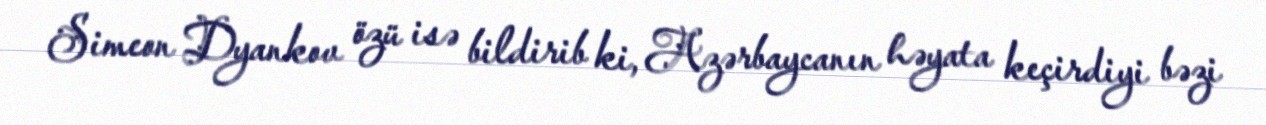
Simeon Dyankov özü isə bildirib ki, Azərbaycanın həyata keçirdiyi bəzi